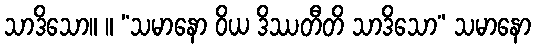
သာဒိသော။ ။ “သမာနော ဝိယ ဒိဿတီတိ သာဒိသော” သမာနော